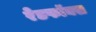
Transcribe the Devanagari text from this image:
रेडफॉक्स